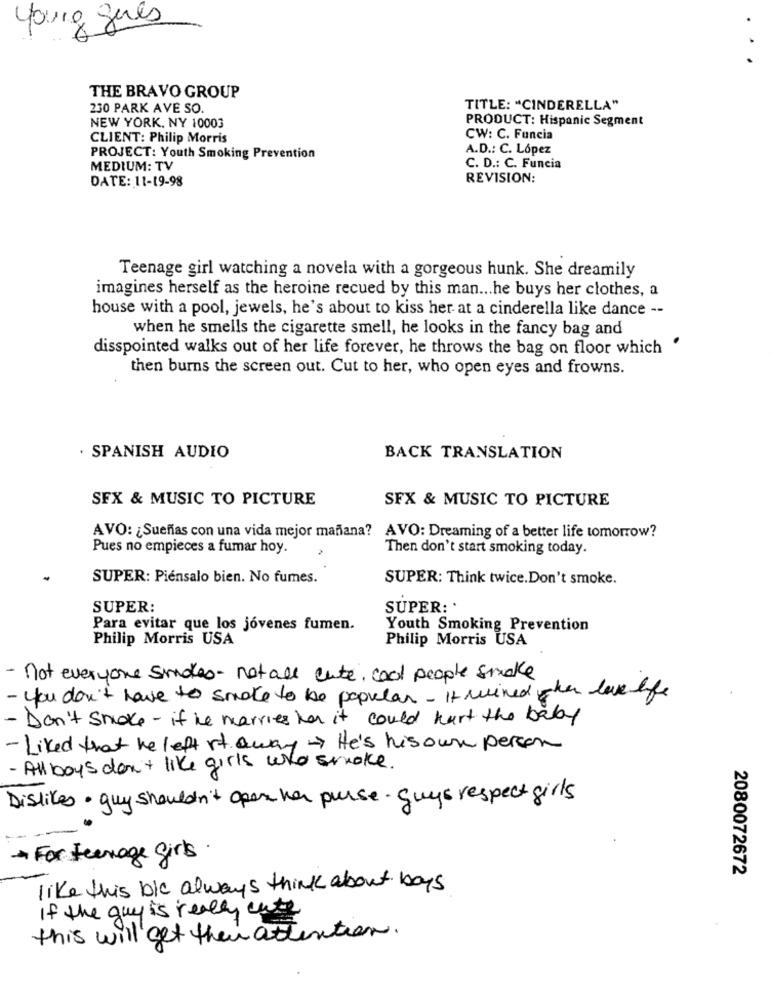
young gues
.
THE BRAVO GROUP
230 PARK AVE SO
TITLE: "CINDERELLA"
PRODUCT: Hispanic Segment
NEW YORK, NY 10003
CLIENT: Philip Morris
CW: C. Funcia
A.D .: C. López
PROJECT: Youth Smoking Prevention
MEDIUM: TV
C. D .: C. Funcia
DATE: 11-19-98
REVISION:
Teenage girl watching a novela with a gorgeous hunk. She dreamily
imagines herself as the heroine recued by this man ... he buys her clothes, a
house with a pool, jewels, he's about to kiss her at a cinderella like dance --
when he smells the cigarette smell, he looks in the fancy bag and
disspointed walks out of her life forever, he throws the bag on floor which
then burns the screen out. Cut to her, who open eyes and frowns.
. SPANISH AUDIO
BACK TRANSLATION
SFX & MUSIC TO PICTURE
SFX & MUSIC TO PICTURE
AVO: ¿ Sueñas con una vida mejor mañana? AVO: Dreaming of a better life tomorrow?
Pues no empieces a fumar hoy.
Then don't start smoking today.
SUPER: Piénsalo bien. No fumes.
SUPER: Think twice.Don't smoke.
SUPER:
SUPER: '
Para evitar que los jóvenes fumen.
Youth Smoking Prevention
Philip Morris USA
Philip Morris USA
- not everyone smokes- not all cute, cool people smake
- you don't have to smoke to be popular . It wired when love life
- Don't smoke - if he marries han it could kurt the baby
- Liked that he left it away-> He's his own person
- All boys don't like girls who smoke.
Dislikes· guy shouldn't open her purse. guys respect girls
- For teenage girls.
2080072672
like this bic always think about boys
If the guy is really cute
this will get theu attention.